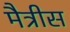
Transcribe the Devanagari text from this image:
मैत्रीस